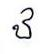
ឋ